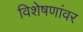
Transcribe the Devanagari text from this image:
विशेषणांवर